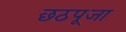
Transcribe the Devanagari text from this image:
छठपूजा